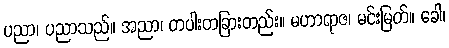
ပညာ၊ ပညာသည်။ အညာ၊ တပါးတခြားတည်း။ မဟာရာဇ၊ မင်းမြတ်။ ခေါ၊